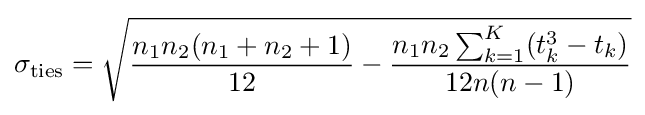
\sigma _{\text{ties}}={\sqrt {{n_{1}n_{2}(n_{1}+n_{2}+1) \over 12}-{n_{1}n_{2}\sum _{k=1}^{K}(t_{k}^{3}-t_{k}) \over 12n(n-1)}}}